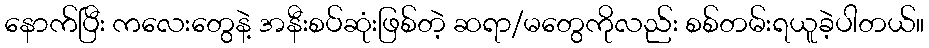
နောက်ပြီး ကလေးတွေနဲ့ အနီးစပ်ဆုံးဖြစ်တဲ့ ဆရာ/မတွေကိုလည်း စစ်တမ်းရယူခဲ့ပါတယ်။